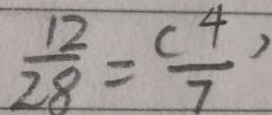
\frac { 1 2 } { 2 8 } = \frac { ( 4 ) } { 7 }